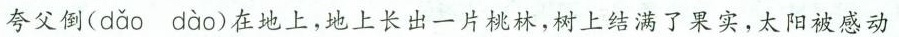
夸父倒( dǎo dào )在地上，地上长出一片桃林，树上结满了果实，太阳被感动